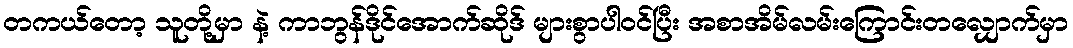
တကယ်တော့ သူတို့မှာ နဲ့ ကာဘွန်ဒိုင်အောက်ဆိုဒ် များစွာပါဝင်ပြီး အစာအိမ်လမ်းကြောင်းတလျှောက်မှာ